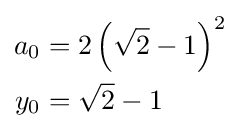
{\begin{aligned}a_{0}&=2\left({\sqrt {2}}-1\right)^{2}\\y_{0}&={\sqrt {2}}-1\end{aligned}}